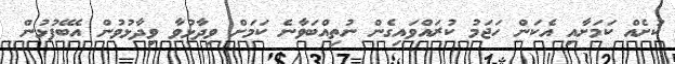
ކުށެއް ކަމަށާއި އެކަން ހަޖަމު ކުރައްވައިގެން ނުތިއްބަވާނެ ކަމަށް ވިދާޅުވާ ވިދާޅުވުން އެބޭފުޅުން